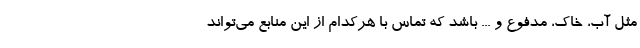
مثل آب، خاک، مدفوع و ... باشد که تماس با هرکدام از این منابع می‌تواند